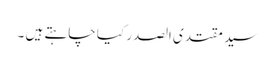
سید مقتدی الصدر کیا چاہتے ہیں ۔